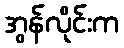
အွန်လိုင်းက